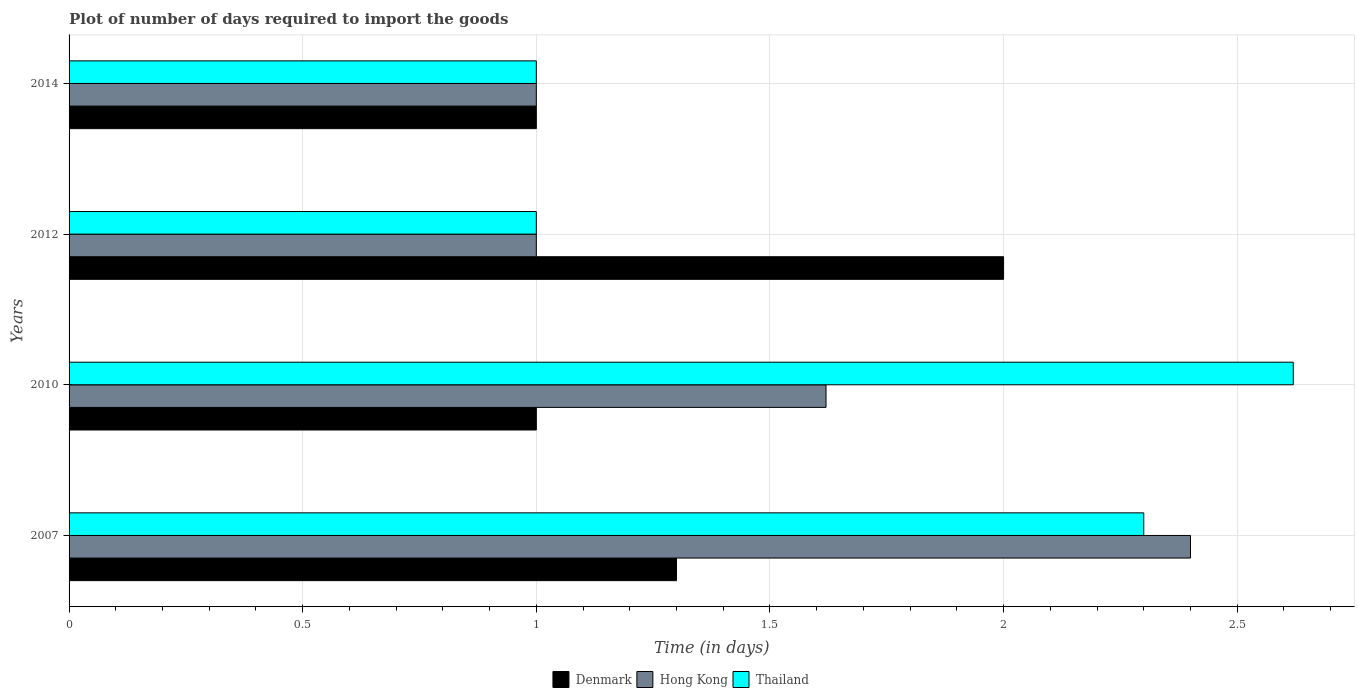
| Years | Denmark | Hong Kong | Thailand |
 | --- | --- | --- | --- |
 | 2007 | 1.3 | 2.4 | 2.3 |
 | 2010 | 1 | 1.62 | 2.62 |
 | 2012 | 2 | 1 | 1 |
 | 2014 | 1 | 1 | 1 |